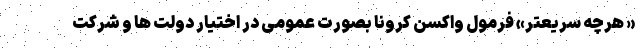
« هرچه سریعتر» فرمول واکسن کرونا بصورت عمومی در اختیار دولت ها و شرکت